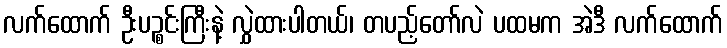
လက်ထောက် ဦးပဉ္စင်းကြီးနဲ့ လွှဲထားပါတယ်၊ တပည့်တော်လဲ ပထမက အဲဒီ လက်ထောက်